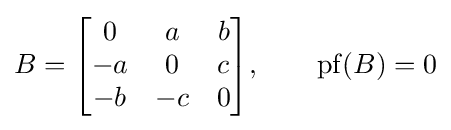
B={\begin{bmatrix}0&a&b\\-a&0&c\\-b&-c&0\end{bmatrix}},\qquad \operatorname {pf} (B)=0